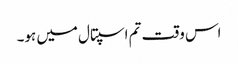
اس وقت تم اسپتال میں ہو۔